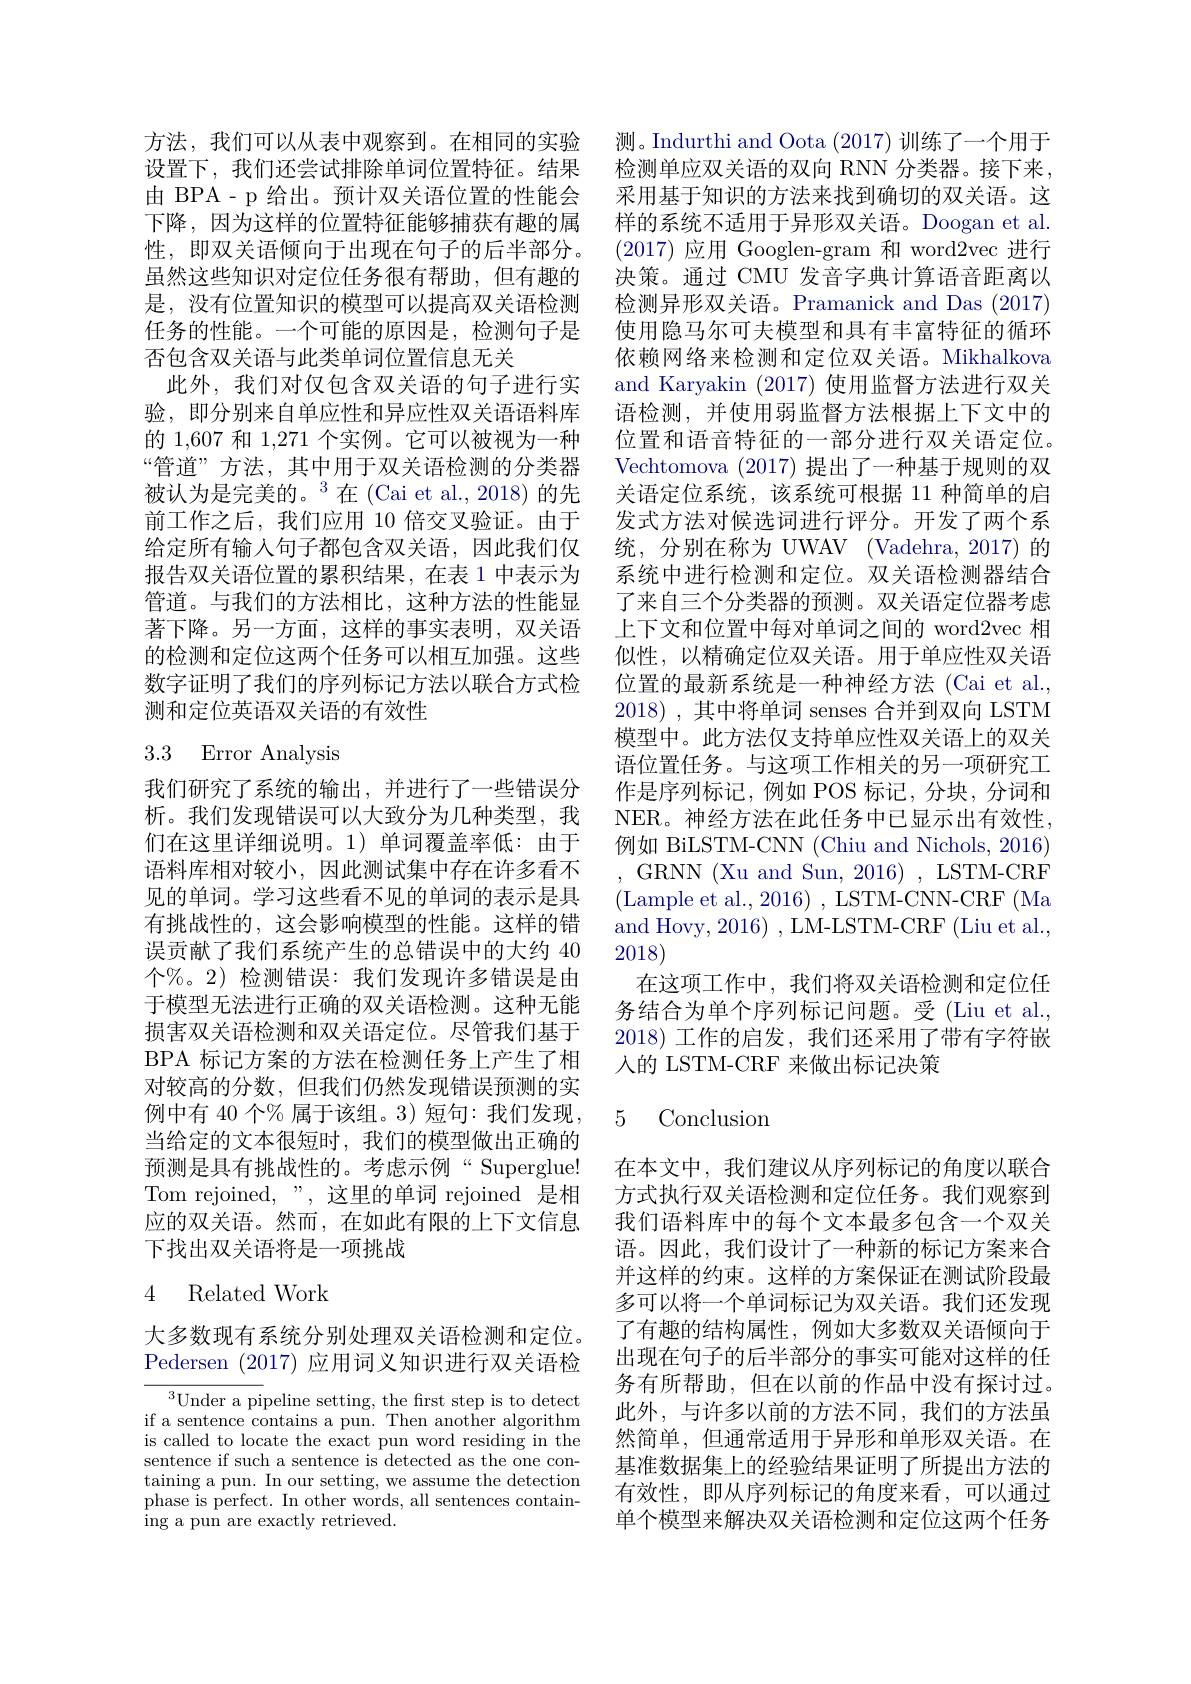
方法，我们可以从表中观察到。在相同的实验 测。Indurthi and Oota (2017)训练了一个用于设置下，我们还尝试排除单词位置特征。结果 检测单应双关语的双向 RNN 分类器。接下来， 由 BPA- p 给出。预计双关语位置的性能会 采用基于知识的方法来找到确切的双关语。这下降，因为这样的位置特征能够捕获有趣的属 样的系统不适用于异形双关语。Doogan et al. 性，即双关语倾向于出现在句子的后半部分。虽然这些知识对定位任务很有帮助，但有趣的是，没有位置知识的模型可以提高双关语检测任务的性能。一个可能的原因是，检测句子是否包含双关语与此类单词位置信息无关
此外，我们对仅包含双关语的句子进行实验，即分别来自单应性和异应性双关语语料库的 1,607 和 1,271 个实例。它可以被视为一种“管道”方法，其中用于双关语检测的分类器被认为是完美的。$^3$在(Cai et al.,2018)的先前工作之后，我们应用 10 倍交叉验证。由于给定所有输入句子都包含双关语，因此我们仅报告双关语位置的累积结果，在表 1 中表示为管道。与我们的方法相比，这种方法的性能显著下降。另一方面，这样的事实表明，双关语的检测和定位这两个任务可以相互加强。这些数字证明了我们的序列标记方法以联合方式检测和定位英语双关语的有效性

# 3.3 Error Analysis

我们研究了系统的输出，并进行了一些错误分析。我们发现错误可以大致分为几种类型，我们在这里详细说明。1)单词覆盖率低：由于语料库相对较小，因此测试集中存在许多看不见的单词。学习这些看不见的单词的表示是具有挑战性的，这会影响模型的性能。这样的错误贡献了我们系统产生的总错误中的大约 40个%。2)检测错误：我们发现许多错误是由于模型无法进行正确的双关语检测。这种无能损害双关语检测和双关语定位。尽管我们基于BPA 标记方案的方法在检测任务上产生了相对较高的分数，但我们仍然发现错误预测的实例中有 40 个% 属于该组。3) 短句：我们发现， 当给定的文本很短时，我们的模型做出正确的预测是具有挑战性的。考虑示例“Superglue! Tom rejoined,”,这里的单词 rejoined 是相应的双关语。然而，在如此有限的上下文信息下找出双关语将是一项挑战

## 4 Related Work

大多数现有系统分别处理双关语检测和定位。Pedersen (2017)应用词义知识进行双关语检

${\overline{{^3}\text{Under a pi}}}$peline setting, the frst step is to detect if a sentence contains a pun. Then another algorithm is called to locate the exact pun word residing in the sentence if such a sentence is detected as the one containing a pun. In our setting, we assume the detection phase is perfect. In other words, all sentences containing a pun are exactly retrieved.

(2017)应用 Googlen-gram 和 word2vec 进行决策。通过 CMU 发音字典计算语音距离以检测异形双关语。Pramanick and Das (2017) 使用隐马尔可夫模型和具有丰富特征的循环依赖网络来检测和定位双关语。Mikhalkova and Karyakin (2017) 使用监督方法进行双关语检测，并使用弱监督方法根据上下文中的位置和语音特征的一部分进行双关语定位。Vechtomova (2017) 提出了一种基于规则的双关语定位系统，该系统可根据 11 种简单的启发式方法对候选词进行评分。开发了两个系统，分别在称为 UWAV (Vadehra, 2017) 的系统中进行检测和定位。双关语检测器结合了来自三个分类器的预测。双关语定位器考虑上下文和位置中每对单词之间的 word2vec 相似性，以精确定位双关语。用于单应性双关语位置的最新系统是一种神经方法(Cai et al., 2018) ,其中将单词 senses 合并到双向 LSTM 模型中。此方法仅支持单应性双关语上的双关语位置任务。与这项工作相关的另一项研究工作是序列标记，例如 POS 标记，分块，分词和NER。神经方法在此任务中已显示出有效性， 例如 BiLSTM-CNN (Chiu and Nichols, 2016) ,GRNN ( Xu and Sun, 2016) , LSTM- CRF (Lample et al., 2016) , LSTM-CNN-CRF (Ma and Hovy, 2016) , LM-LSTM-CRF (Liu et al., 2018)
在这项工作中，我们将双关语检测和定位任务结合为单个序列标记问题。受(Liu et al., 2018)工作的启发，我们还采用了带有字符嵌入的 LSTM-CRF 来做出标记决策

## 5 Conclusion

在本文中，我们建议从序列标记的角度以联合方式执行双关语检测和定位任务。我们观察到我们语料库中的每个文本最多包含一个双关语。因此，我们设计了一种新的标记方案来合并这样的约束。这样的方案保证在测试阶段最多可以将一个单词标记为双关语。我们还发现了有趣的结构属性，例如大多数双关语倾向于出现在句子的后半部分的事实可能对这样的任务有所帮助，但在以前的作品中没有探讨过。此外，与许多以前的方法不同，我们的方法虽然简单，但通常适用于异形和单形双关语。在基准数据集上的经验结果证明了所提出方法的有效性，即从序列标记的角度来看，可以通过单个模型来解决双关语检测和定位这两个任务